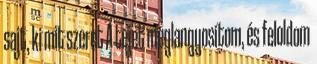
sajt, ki mit szeret A tejet meglangyosítom, és feloldom